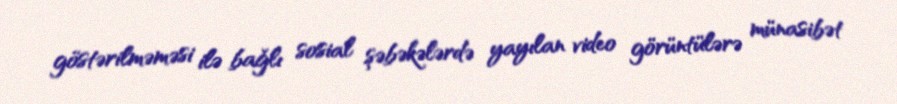
göstərilməməsi ilə bağlı sosial şəbəkələrdə yayılan video görüntülərə münasibət